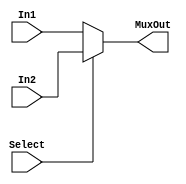
`timescale 1ns/1ns
module Mux9bit2to1(input Select, input [8:0]In1,In2, output [8:0]MuxOut);
  assign MuxOut = Select ? In2 : In1; //input 0 goes first!
endmodule